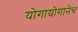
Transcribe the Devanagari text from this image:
योगायोगानेच